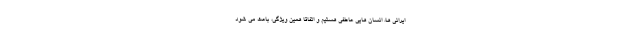
ایرانی ها، انسان هایی عاطفی هستیم و اتفاقاً همین ویژگی، باعث می شود